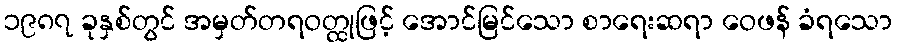
၁၉၈၇ ခုနှစ်တွင် အမှတ်တရဝတ္ထုဖြင့် အောင်မြင်သော စာရေးဆရာ ဝေဖန် ခံရသော